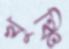
খুঞ্চি